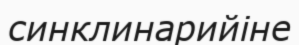
синклинарийіне